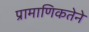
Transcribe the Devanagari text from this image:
प्रामाणिकतेने